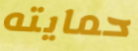
حمايته